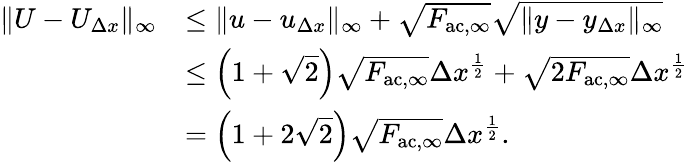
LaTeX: \begin{array}{rl}{\| U-U_{\Delta x}\| _{\infty}}&{\leq\| u-u_{\Delta x}\| _{\infty}+\sqrt{F_{\mathrm{ac},\infty}}\sqrt{\| y-y_{\Delta x}\| _{\infty}}}\\ &{\leq\left(1+\sqrt{2}\right)\sqrt{F_{\mathrm{ac},\infty}}\Delta x^{\frac{1}{2}}+\sqrt{2F_{\mathrm{ac},\infty}}\Delta x^{\frac{1}{2}}}\\ &{=\left(1+2\sqrt{2}\right)\sqrt{F_{\mathrm{ac},\infty}}\Delta x^{\frac{1}{2}}.}\end{array}